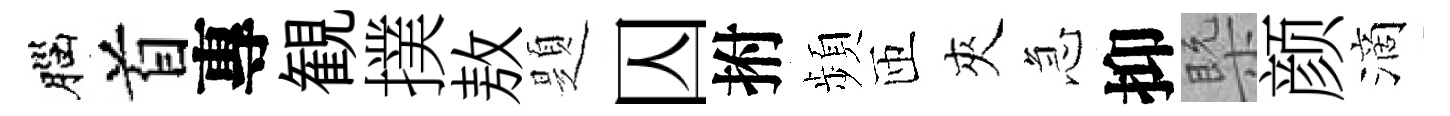
腦首專観撲敖題囚拊頻匝夾急抑槩颜滴